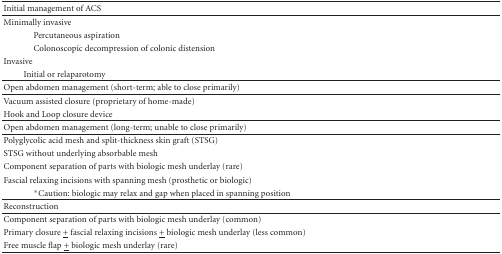
<table><thead><tr><td><b>Initial management of ACS</b></td><td></td></tr></thead><tbody><tr><td>Minimally invasive</td><td></td></tr><tr><td>Percutaneous aspiration</td><td></td></tr><tr><td>Colonoscopic decompression of colonic distension</td><td></td></tr><tr><td>Invasive</td><td></td></tr><tr><td>Initial or relaparotomy</td><td></td></tr><tr><td>Open abdomen management (short-term; able to close primarily)</td><td></td></tr><tr><td>Vacuum assisted closure (proprietary of home-made)</td><td></td></tr><tr><td>Hook and Loop closure device</td><td></td></tr><tr><td>Open abdomen management (long-term; unable to close primarily)</td><td></td></tr><tr><td>Polyglycolic acid mesh and split-thickness skin graft (STSG)</td><td></td></tr><tr><td>STSG without underlying absorbable mesh</td><td></td></tr><tr><td>Component separation of parts with biologic mesh underlay (rare)</td><td></td></tr><tr><td>Fascial relaxing incisions with spanning mesh (prosthetic or biologic)</td><td></td></tr><tr><td>*Caution: biologic may relax and gap when placed in spanning position</td><td></td></tr><tr><td>Reconstruction</td><td></td></tr><tr><td>Component separation of parts with biologic mesh underlay (common)</td><td></td></tr><tr><td>Primary closure <underline>+</underline> fascial relaxing incisions <underline>+</underline> biologic mesh underlay (less common)</td><td></td></tr><tr><td>Free muscle flap <underline>+</underline> biologic mesh underlay (rare)</td><td></td></tr></tbody></table>